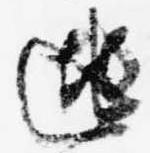
逃